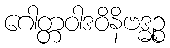
ဂေါတ္တဝါဒဝိနိဗဒ္ဓဉ္စ